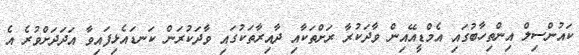
ކައުންސިލް އިންތިހާބުގައި އެމްޑީއޭއިން ވާދަކުރާ ރަށްތަކާއި ދާއިރާތަކުގައި ވާދަކުރަން ކަނޑައެޅިފައިވާ އަދަދަށްވުރެ އެ